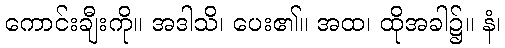
ကောင်းချီးကို။ အဒါသိ၊ ပေး၏။ အထ၊ ထိုအခါ၌။ နံ၊